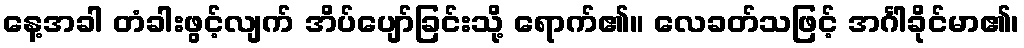
နေ့အခါ တံခါးဖွင့်လျက် အိပ်ပျော်ခြင်းသို့ ရောက်၏။ လေခတ်သဖြင့် အင်္ဂါခိုင်မာ၏၊